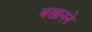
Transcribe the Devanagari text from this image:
बखानने